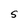
Character: S